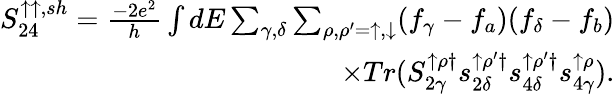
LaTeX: \begin{array}{r}{{S_{24}^{\uparrow\uparrow,sh}=\frac{-2e^{2}}{h}\int dE\sum_{\gamma,\delta}\sum_{\rho,\rho^{\prime}=\uparrow,\downarrow}(f_{\gamma}-f_{a})(f_{\delta}-f_{b})}}\\ {{\times Tr(S_{2\gamma}^{\uparrow\rho\dagger}s_{2\delta}^{\uparrow\rho^{\prime}\dagger}s_{4\delta}^{\uparrow\rho^{\prime}\dagger}s_{4\gamma}^{\uparrow\rho})}.}\end{array}